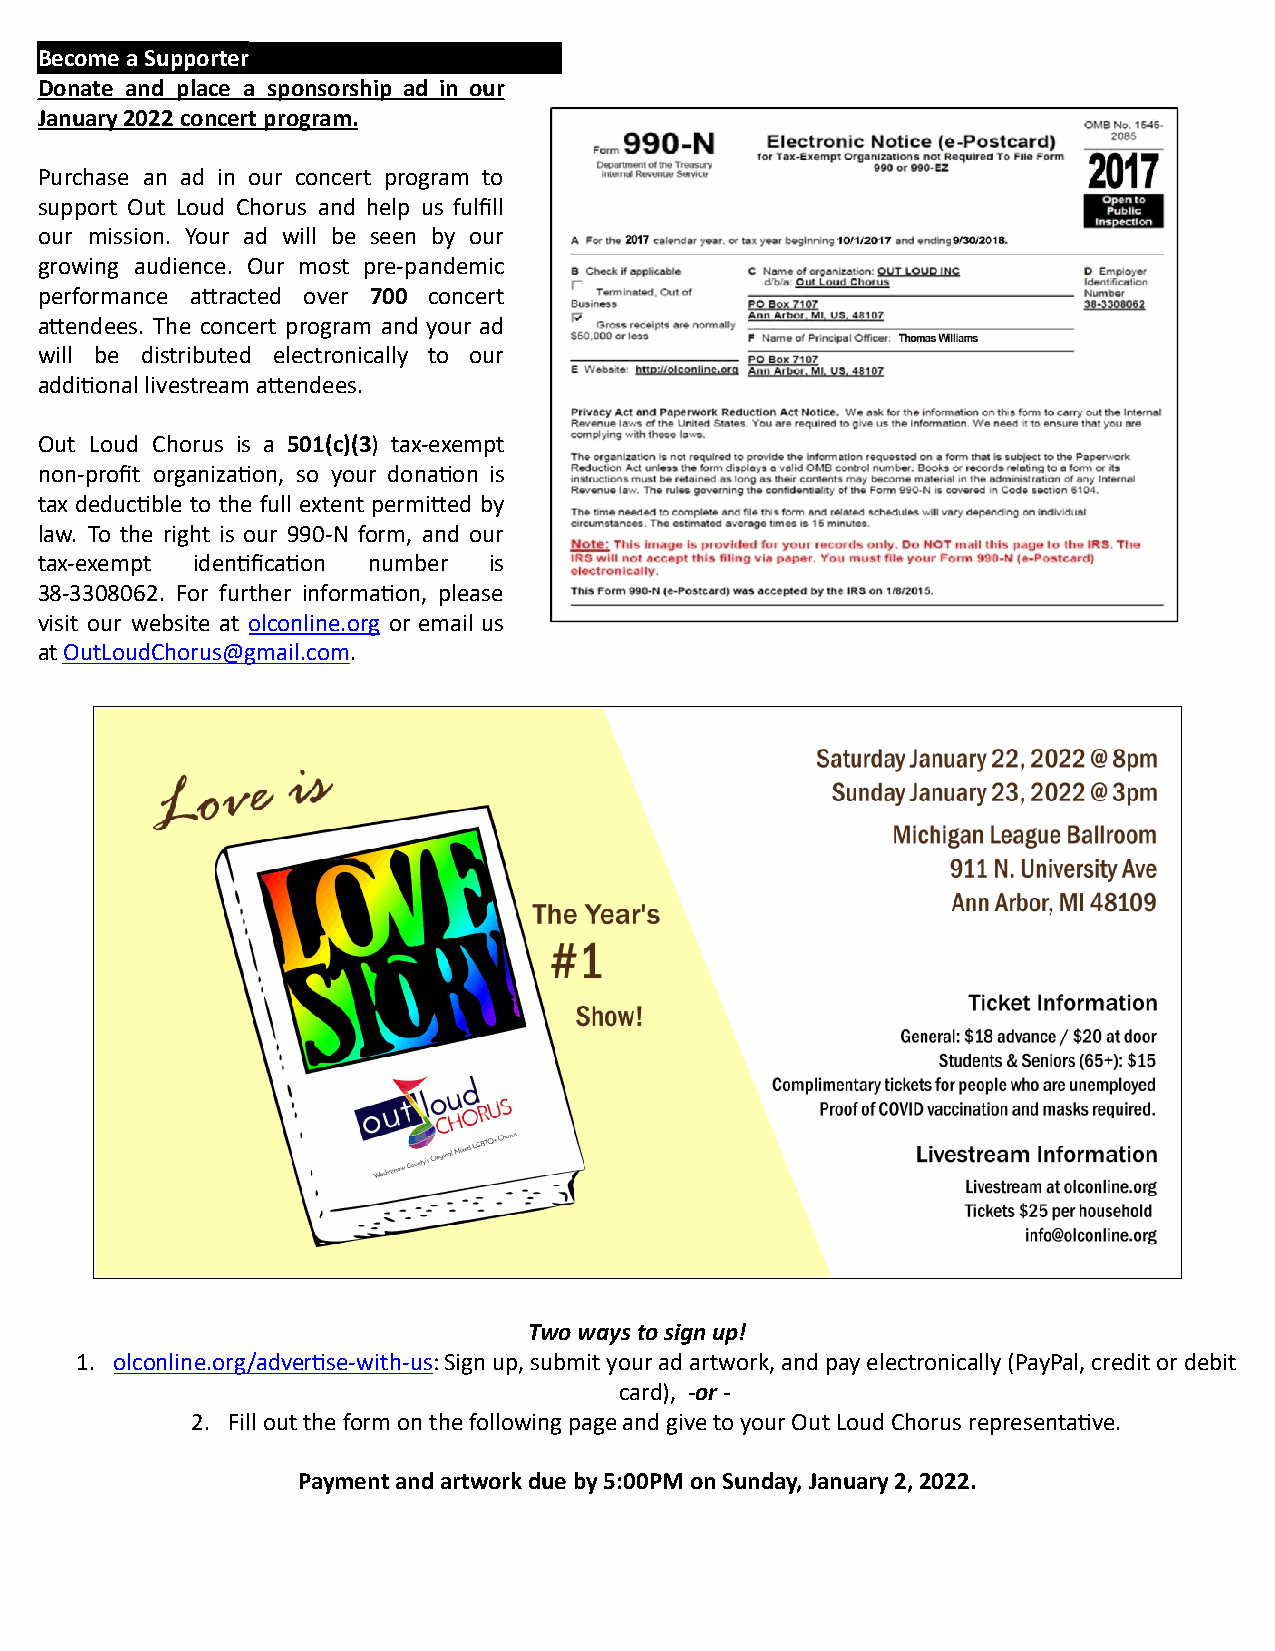
Become a Supporter
 Donate and place a sponsorship ad in our
 January 2022 concert program.
 Purchase an ad in our concert program to
 support Out Loud Chorus and help us fulfill
 our mission. Your ad will be seen by our
 growing audience. Our most pre-pandemic
 performance aracted over 700 concert
 aendees. The concert program and your ad
 will be distributed electronically to our
 addional livestream aendees.
 Out Loud Chorus is a 501(c)(3 ) tax-exempt
 non-profit organizaon, so your donaon is
 tax deducble to the full extent permied by
 law. To the right is our 990-N form, and our
 tax-exempt idenficaon number is
 38-3308062. For further informaon, please
 visit our website at olconline.org or email us
 at OutLoudChorus@gmail.com .
 Two ways to sign up!
 1. olconline.org/adverse-with-us : Sign up, submit your ad artwork, and pay electronically (PayPal, credit or debit
 card), -or -
 2. Fill out the form on the following page and give to your Out Loud Chorus representave.
 Payment and artwork due by 5:00PM on Sunday, January 2, 2022.